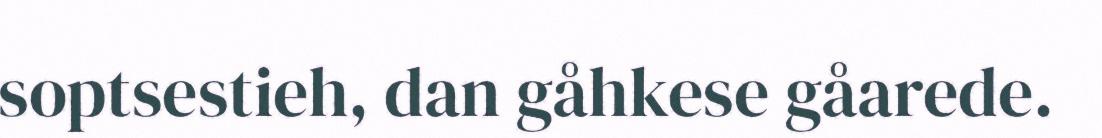
soptsestieh, dan gåhkese gåarede.